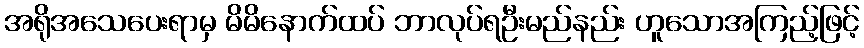
အရိုအသေပေးရာမှ မိမိနောက်ထပ် ဘာလုပ်ရဦးမည်နည်း ဟူသောအကြည့်ဖြင့်